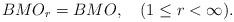
LaTeX: \begin{align*}BMO_r=BMO, \ \ \ (1\leq r<\infty).\end{align*}